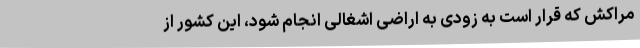
مراکش که قرار است به زودی به اراضی اشغالی انجام شود، این کشور از